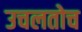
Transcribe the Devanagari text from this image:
उचलतोच